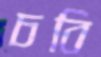
চবি